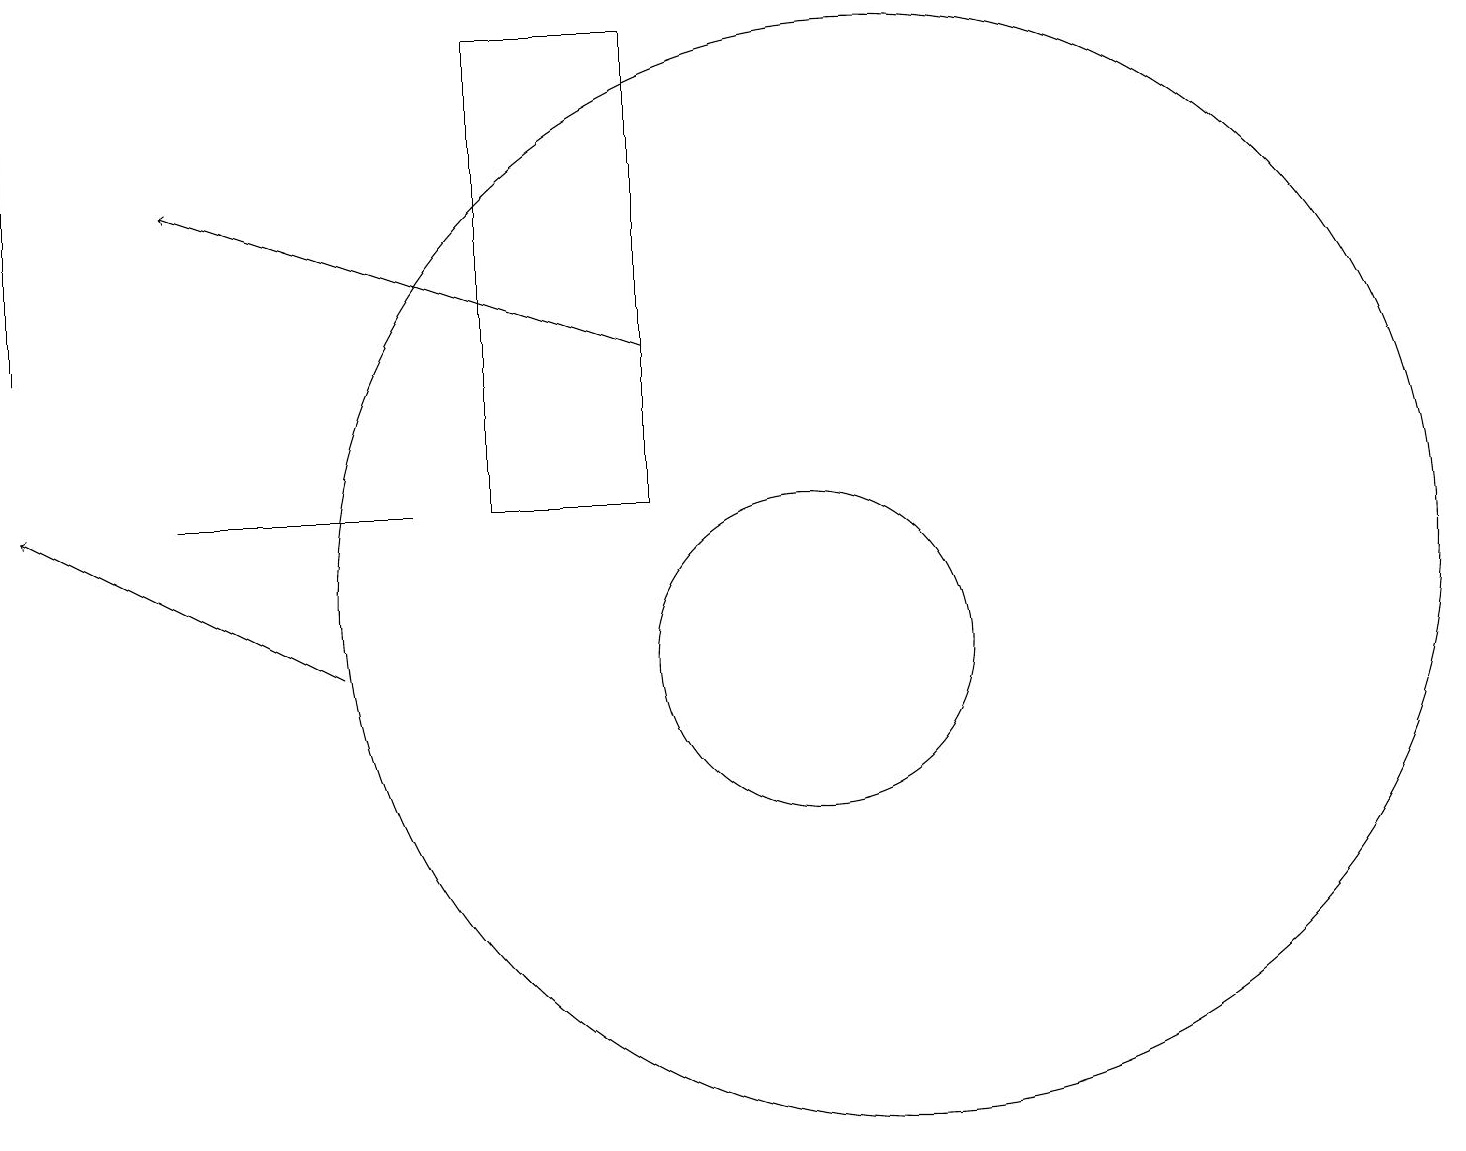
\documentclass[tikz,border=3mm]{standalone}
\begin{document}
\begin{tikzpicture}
\draw (7,12) rectangle (9,18);
\draw (12,11) circle (7);
\draw (10,10) circle (0);
\draw (11,10) circle (2);
\draw[->] (5,10) -- (1,12);
\draw[->] (9,14) -- (3,16);
\draw (3,12) rectangle (6,12);
\draw (1,14) rectangle (1,18);
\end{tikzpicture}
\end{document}